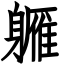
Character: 軅